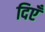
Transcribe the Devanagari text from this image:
दिएँ